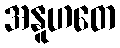
အနူဟတေ